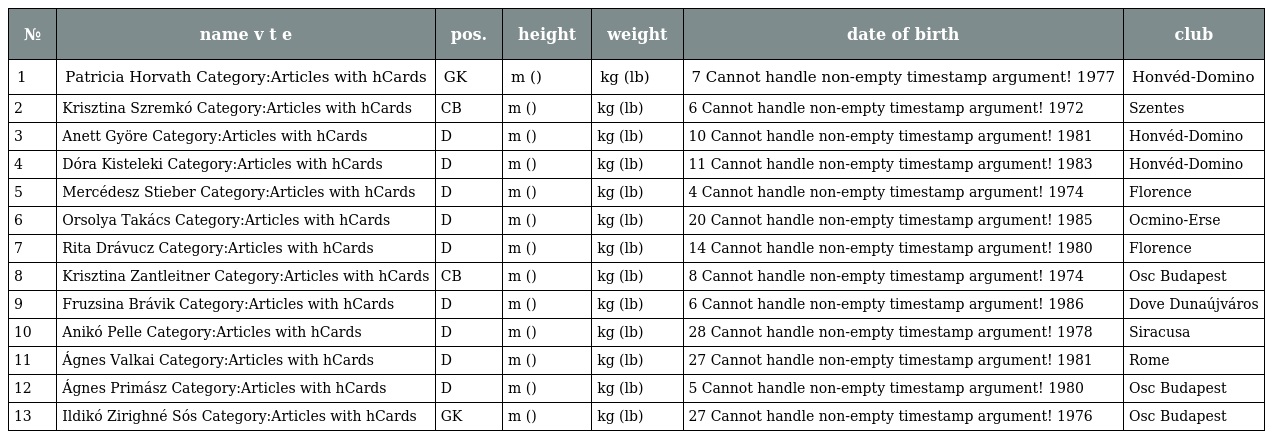
| № | name v t e | pos. | height | weight | date of birth | club |
 | --- | --- | --- | --- | --- | --- | --- |
 | 1 | Patricia Horvath Category:Articles with hCards | GK | m () | kg (lb) | 7 Cannot handle non-empty timestamp argument! 1977 | Honvéd-Domino |
 | 2 | Krisztina Szremkó Category:Articles with hCards | CB | m () | kg (lb) | 6 Cannot handle non-empty timestamp argument! 1972 | Szentes |
 | 3 | Anett Györe Category:Articles with hCards | D | m () | kg (lb) | 10 Cannot handle non-empty timestamp argument! 1981 | Honvéd-Domino |
 | 4 | Dóra Kisteleki Category:Articles with hCards | D | m () | kg (lb) | 11 Cannot handle non-empty timestamp argument! 1983 | Honvéd-Domino |
 | 5 | Mercédesz Stieber Category:Articles with hCards | D | m () | kg (lb) | 4 Cannot handle non-empty timestamp argument! 1974 | Florence |
 | 6 | Orsolya Takács Category:Articles with hCards | D | m () | kg (lb) | 20 Cannot handle non-empty timestamp argument! 1985 | Ocmino-Erse |
 | 7 | Rita Drávucz Category:Articles with hCards | D | m () | kg (lb) | 14 Cannot handle non-empty timestamp argument! 1980 | Florence |
 | 8 | Krisztina Zantleitner Category:Articles with hCards | CB | m () | kg (lb) | 8 Cannot handle non-empty timestamp argument! 1974 | Osc Budapest |
 | 9 | Fruzsina Brávik Category:Articles with hCards | D | m () | kg (lb) | 6 Cannot handle non-empty timestamp argument! 1986 | Dove Dunaújváros |
 | 10 | Anikó Pelle Category:Articles with hCards | D | m () | kg (lb) | 28 Cannot handle non-empty timestamp argument! 1978 | Siracusa |
 | 11 | Ágnes Valkai Category:Articles with hCards | D | m () | kg (lb) | 27 Cannot handle non-empty timestamp argument! 1981 | Rome |
 | 12 | Ágnes Primász Category:Articles with hCards | D | m () | kg (lb) | 5 Cannot handle non-empty timestamp argument! 1980 | Osc Budapest |
 | 13 | Ildikó Zirighné Sós Category:Articles with hCards | GK | m () | kg (lb) | 27 Cannot handle non-empty timestamp argument! 1976 | Osc Budapest |